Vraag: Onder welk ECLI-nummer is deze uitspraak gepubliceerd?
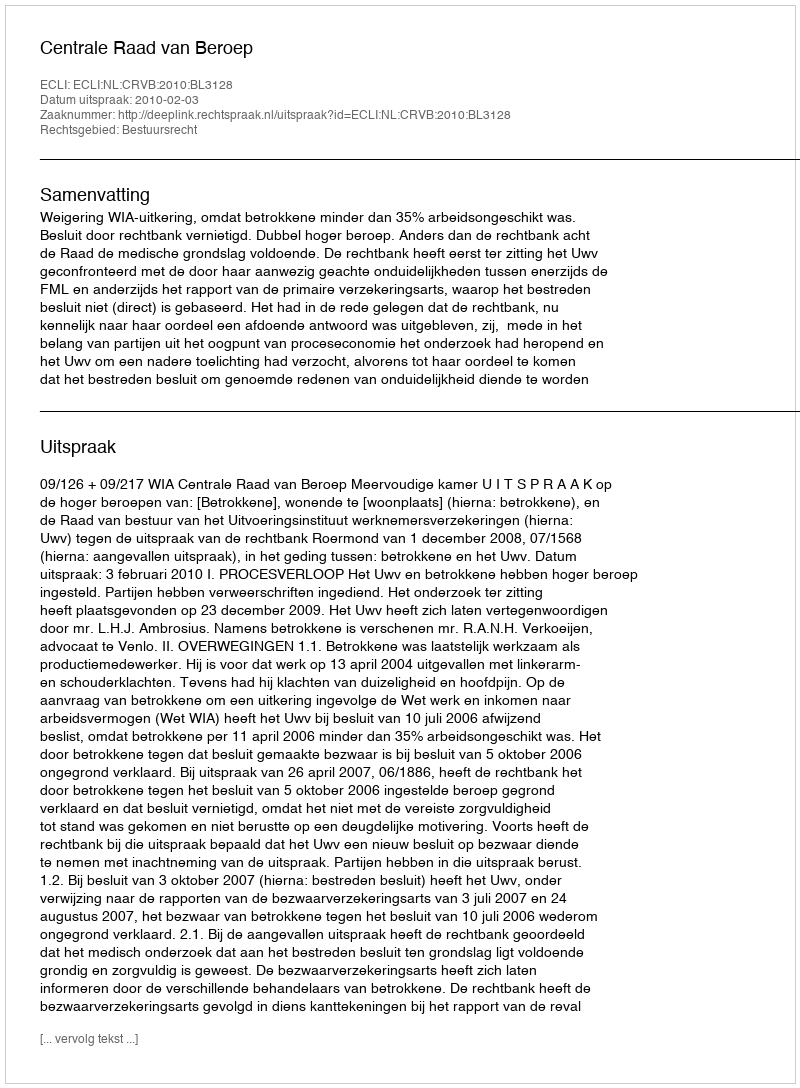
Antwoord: ECLI:NL:CRVB:2010:BL3128